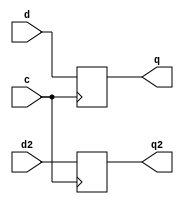
module dff(q,q2,d,d2,c);
output q,q2;
 input d,c,d2;
 reg q,q2;
 
	always @ (posedge c)
	   begin 
		 q<=d;
	     q2<=d2;
	   end
endmodule